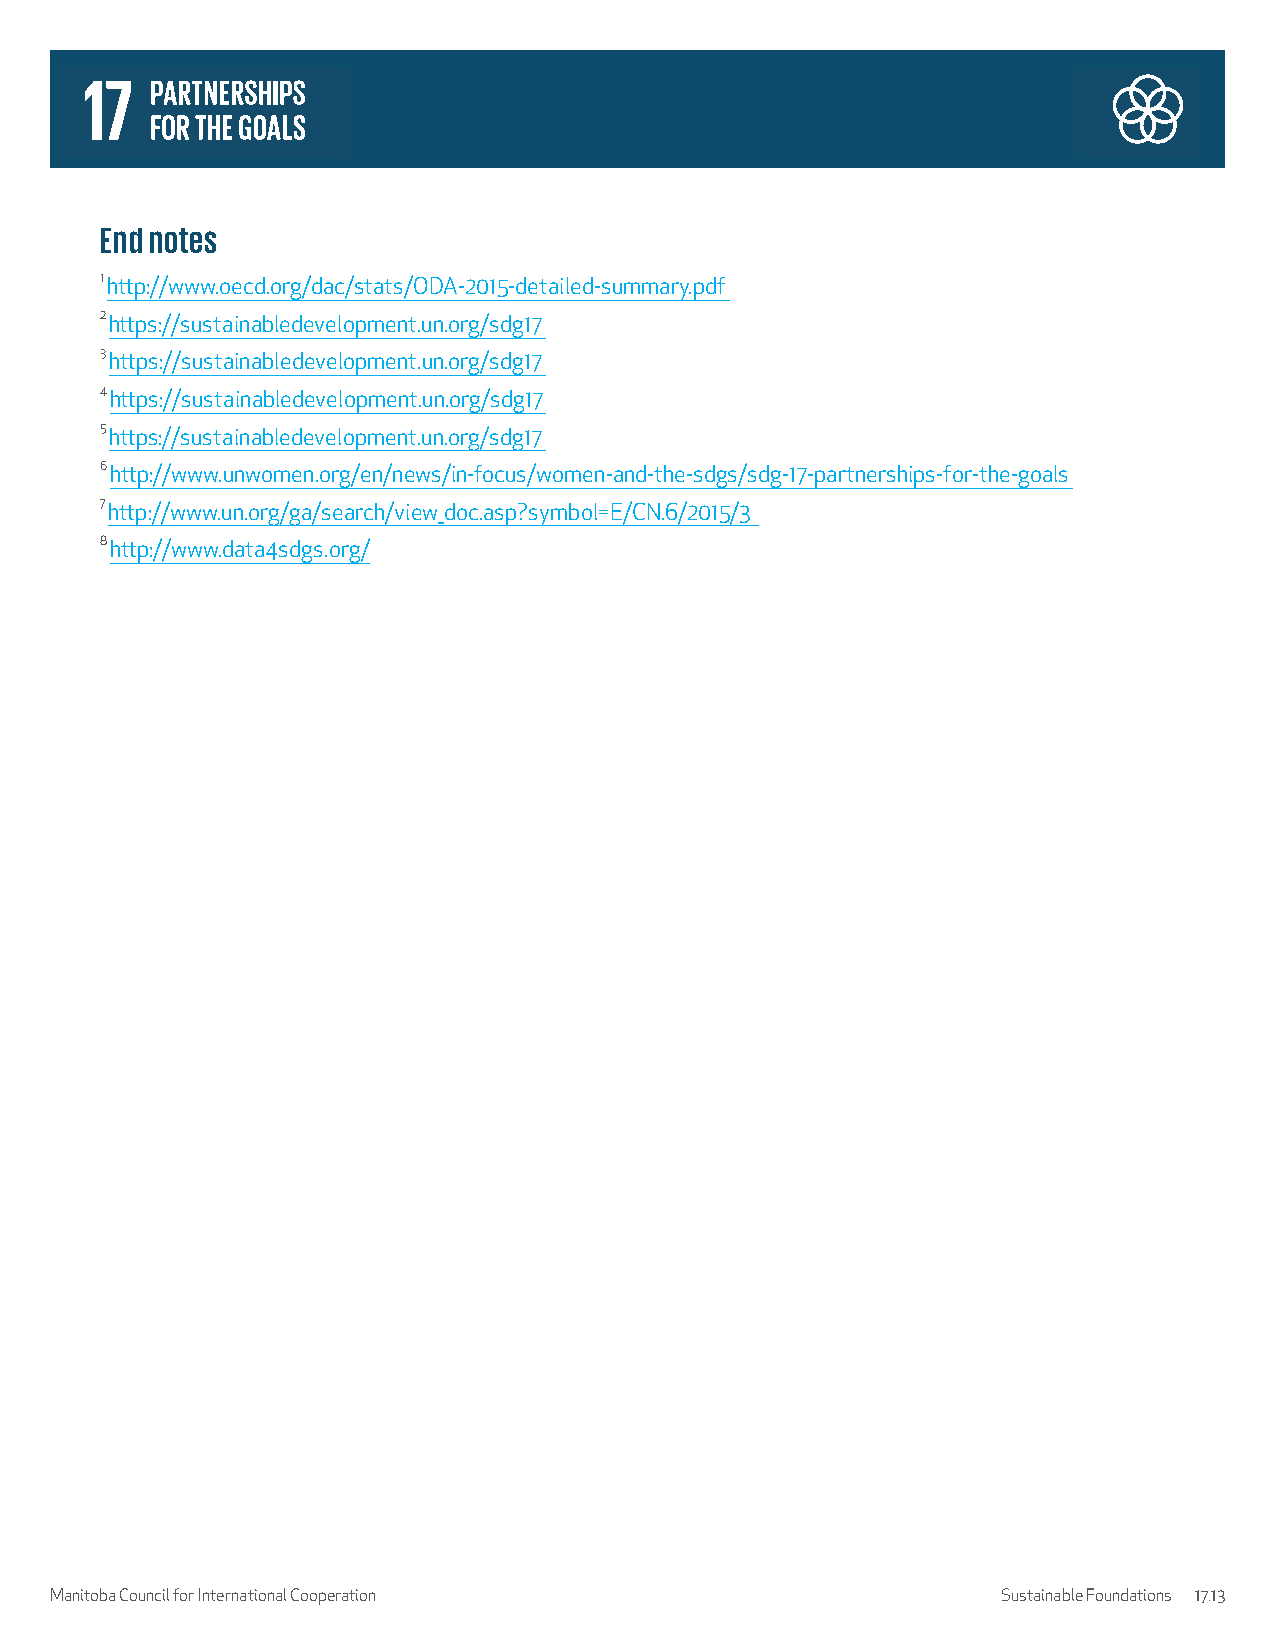
End notes
 1 http://www.oecd.org/dac/stats/ODA-2015-detailed-summary.pdf
 2 https://sustainabledevelopment.un.org/sdg17
 3 https://sustainabledevelopment.un.org/sdg17
 4 https://sustainabledevelopment.un.org/sdg17
 5 https://sustainabledevelopment.un.org/sdg17
 6 http://www.unwomen.org/en/news/in-focus/women-and-the-sdgs/sdg-17-partnerships-for-the-goals
 7 http://www.un.org/ga/search/view_doc.asp?symbol=E/CN.6/2015/3
 8 http://www.data4sdgs.org/
 Manitoba Council for International Cooperation                 Sustainable Foundations 17.13